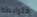
مترابطة